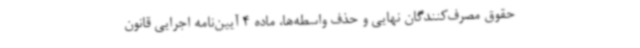
حقوق مصرف‌کنندگان نهایی و حذف واسطه‌ها، ماده 4 آیین‌نامه اجرایی قانون